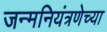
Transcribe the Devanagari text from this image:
जन्मनियंत्रणेच्या